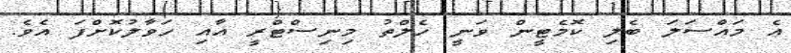
އެ މައްސަލަ ބެލި ކޮމެޓީން ވަނީ ހެލްތު މިނިސްޓްރީ އާއި ހަވާލުކޮށްފަ އެވެ.